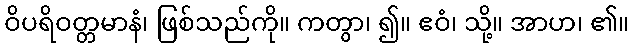
ဝိပရိဝတ္တမာနံ၊ ဖြစ်သည်ကို။ ကတွာ၊ ၍။ ဧဝံ၊ သို့။ အာဟ၊ ၏။